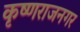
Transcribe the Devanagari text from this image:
कृष्णराजनगर